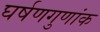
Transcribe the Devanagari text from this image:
घर्षणगुणांक